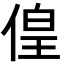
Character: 偟